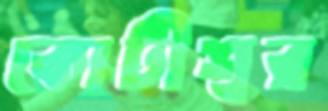
কোটীশ্বর